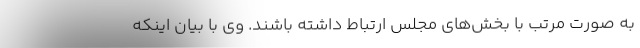
به صورت مرتب با بخش‌های مجلس ارتباط داشته باشند. وی با بیان اینکه